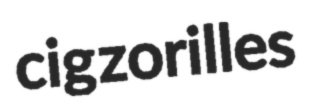
cig zorilles